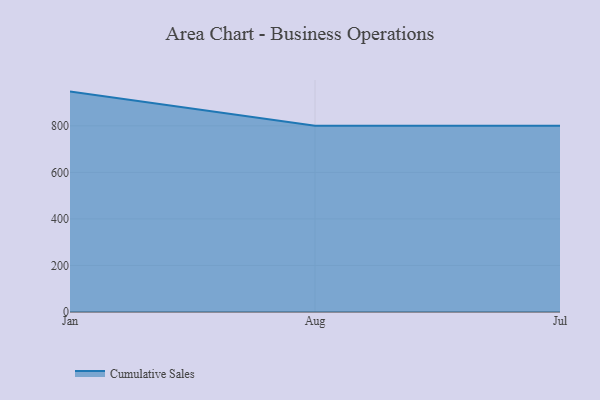
{"axis": {"x": "Month", "y": "Temperature (°C)"}, "legend": ["Cumulative Sales"], "data": [{"x": "Jan", "y": 947.2, "type": "Cumulative Sales"}, {"x": "Aug", "y": 800, "type": "Cumulative Sales"}, {"x": "Jul", "y": 800, "type": "Cumulative Sales"}]}